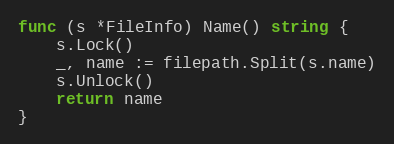
Language: Go
func (s *FileInfo) Name() string {
	s.Lock()
	_, name := filepath.Split(s.name)
	s.Unlock()
	return name
}